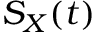
S _ { X } ( t )